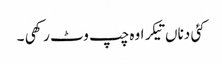
کئی دناں تیکر اوہ چپ وٹ رکھی ۔